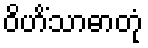
ဝိဟိံသာဓာတုံ